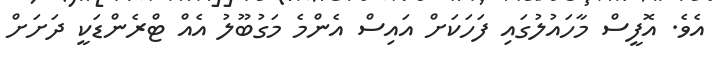
އެވެ. އޮފީސް މާހައުލުގައި ފަހަކަށް އައިސް އެންމެ މަގުބޫލު އެއް ޓްރެންޑަކީ ދަށަށް